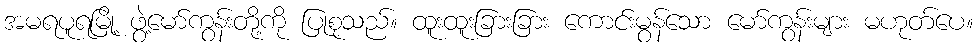
အမရပူရမြို့ ဖွဲ့မော်ကွန်းတို့ကို ပြုစုသည်။ ထူးထူးခြားခြား ကောင်းမွန်သော မော်ကွန်းများ မဟုတ်ပေ။